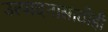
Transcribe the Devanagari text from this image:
उत्पादनासाठीही